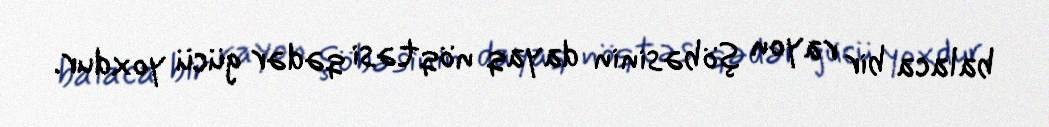
balaca bir rayon şöbəsinin dayaq nöqtəsi qədər gücü yoxdur.